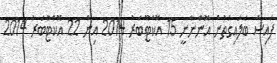
ފައިސާ ބަލައިގަތުން އޮންނާނީ 15 އޮކްޓޫބަރު 2014 އިން 22 އޮކްޓޫބަރު 2014